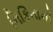
નિકિતાની